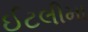
ઈટલીમા